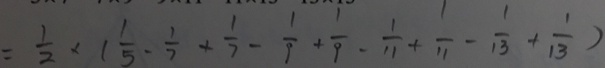
= \frac { 1 } { 2 } \times ( \frac { 1 } { 5 } - \frac { 1 } { 7 } + \frac { 1 } { 7 } - \frac { 1 } { 9 } + \frac { 1 } { 9 } - \frac { 1 } { 1 1 } + \frac { 1 } { 1 1 } - \frac { 1 } { 1 3 } + \frac { 1 } { 1 3 } )